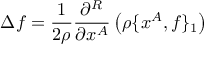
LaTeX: \Delta f = \frac { 1 } { 2 \rho } \frac { \partial ^ { R } } { \partial x ^ { A } } \left( \rho \{ x ^ { A } , f \} _ { 1 } \right)